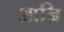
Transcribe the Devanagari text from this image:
आन्रि